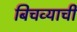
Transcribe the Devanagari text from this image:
बिचव्याची